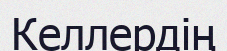
Келлердің